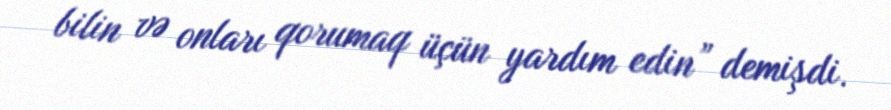
bilin və onları qorumaq üçün yardım edin” demişdi.